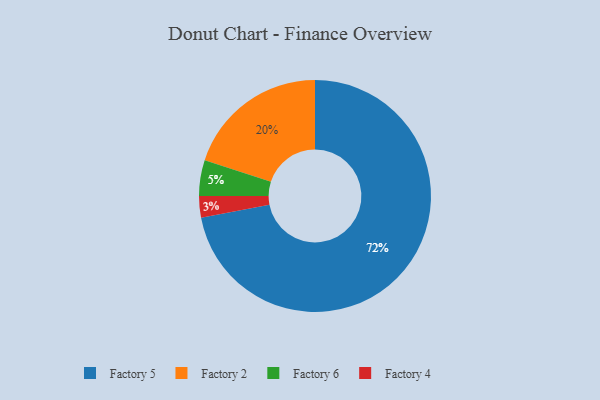
{"axis": {"x": "Category", "y": "Percentage"}, "legend": ["Factory 2", "Factory 4", "Factory 5", "Factory 6"], "data": [{"x": "Factory 4", "y": 3, "type": "Factory 4"}, {"x": "Factory 6", "y": 5, "type": "Factory 6"}, {"x": "Factory 2", "y": 20, "type": "Factory 2"}, {"x": "Factory 5", "y": 72, "type": "Factory 5"}]}